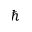
\hbar